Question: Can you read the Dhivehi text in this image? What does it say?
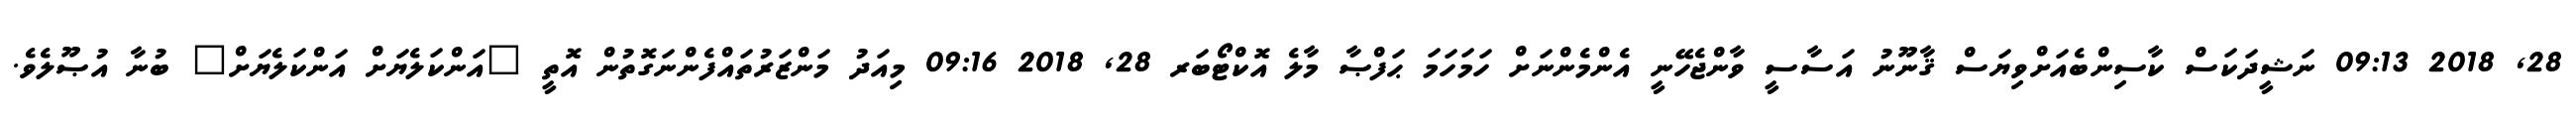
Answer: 28, 2018 09:13 ނަޝީދަކަސް ކާސިންބެއަށްވިޔަސް ޤާނޫނު އަސާސީ ވާންޖެހޭނީ އެންމެންނަށް ހަމަހަމަ ޙަފްޞާ މާލެ އޮކްޓޯބަރ 28, 2018 09:16 މިއަދު މަންޒަރުތައްފެންނަގޮތުން އޮތީ "އަންކަލެޔަށް އަންކަލެޔަށް" ބުނާ އުޞޫލެވެ.